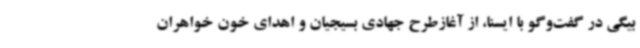
بیگی در گفت‌وگو با ایسنا، از آغازطرح جهادی بسیجیان و اهدای خون خواهران